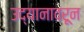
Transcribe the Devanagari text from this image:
उद्यानावरून